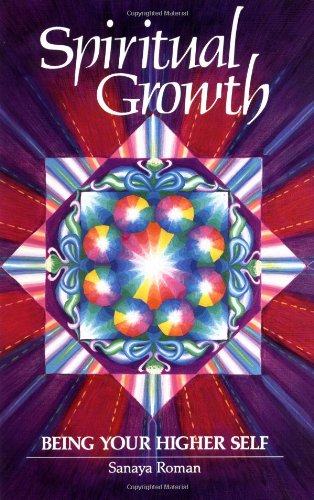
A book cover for Spiritual Growth: Being Your Higher Self; Sanaya Roman; Medical Books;